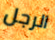
الرجل